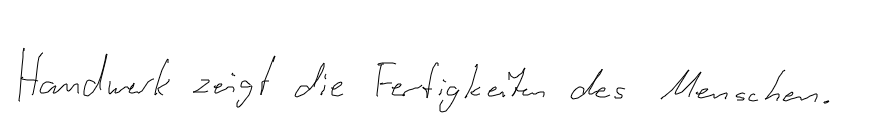
Handwerk zeigt die Fertigkeiten des Menschen.